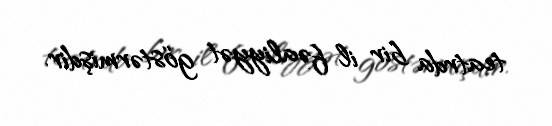
teatrda bir il fəaliyyət göstərmişdir.